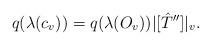
LaTeX: \begin{align*}q(\lambda(c_v))=q(\lambda(O_v))|[\hat{T}'']|_v .\end{align*}